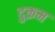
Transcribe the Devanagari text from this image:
दुक्रम